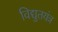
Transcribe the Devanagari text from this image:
विद्युतयंत्र